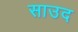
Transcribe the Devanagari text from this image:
साउद